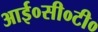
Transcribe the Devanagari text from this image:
आई०सी०टी०